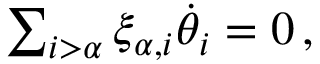
\begin{array} { r } { \sum _ { i > \alpha } \xi _ { \alpha , i } \Dot { \theta } _ { i } = 0 \, , } \end{array}